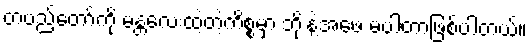
တပည့်တော်ကို မန္တလေးထဲ့တဲ့ကိစ္စမှာ ဘိုးနဲ့အဖေ မပါတာဖြစ်ပါတယ်။